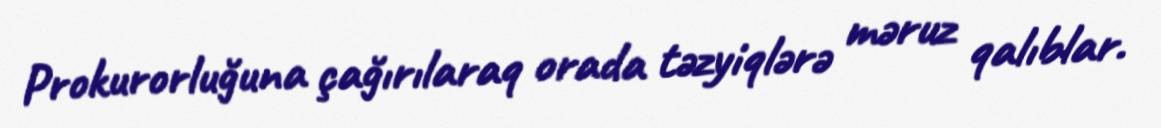
Prokurorluğuna çağırılaraq orada təzyiqlərə məruz qalıblar.